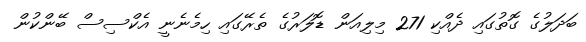
ބަދަލުގެ ގޮތުގައި ދެއްކި 271 މިލިއަން ޑޮލަރުގެ ތެރޭގައި ހިމެނެނީ އެކްސިސް ބޭންކުން